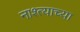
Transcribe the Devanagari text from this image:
नाश्त्याच्या